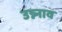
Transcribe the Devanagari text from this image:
उन्न्नाव